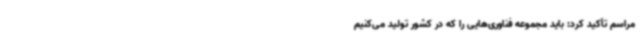
مراسم تأکید کرد: باید مجموعه فناوری‌هایی را که در کشور تولید می‌کنیم